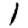
Digit: 1